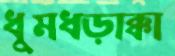
ধুমধড়াক্কা